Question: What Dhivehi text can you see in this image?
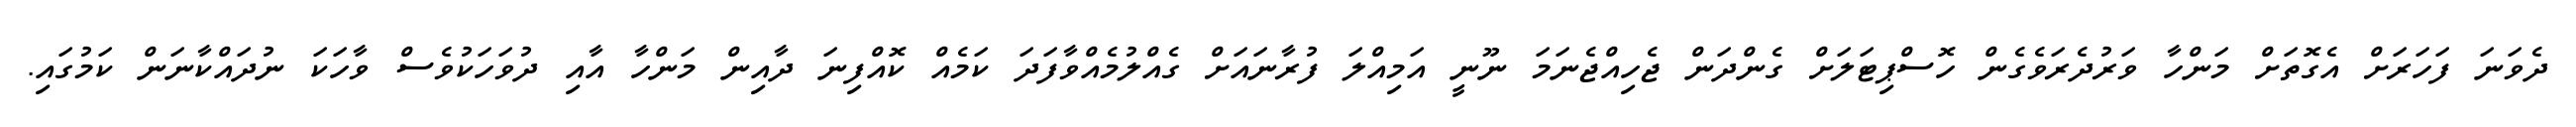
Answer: ދެވަނަ ފަހަރަށް އެގޮތަށް މަންހާ ވަރުދެރަވެގެން ހޮސްޕިޓަލަށް ގެންދަން ޖެހިއްޖެނަމަ ނޫނީ އަމިއްލަ ފުރާނައަށް ގެއްލުމެއްވާފަދަ ކަމެއް ކޮއްފިނަ ދާއިން މަންހާ އާއި ދުވަހަކުވެސް ވާހަކަ ނުދައްކާނަން ކަމުގައި.